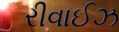
રીવાઈઝ